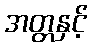
အတ္တနှင့်